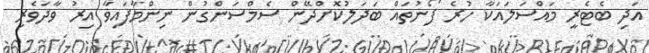
އަދި ބެޓެރީ މައްސަލައަކާ ހުރެ ފޯނުތައް ބަދަލުކޮށްދޭން ސެމްސަންގުން ނިންމާފައިވާ އިރު ވާދަވެރި